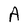
Character: A